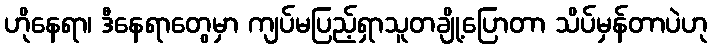
ဟိုနေရာ၊ ဒီနေရာတွေမှာ ကျပ်မပြည့်ရှာသူတချို့ပြောတာ သိပ်မှန်တာပဲဟု